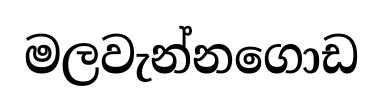
මලවැන්නගොඩ